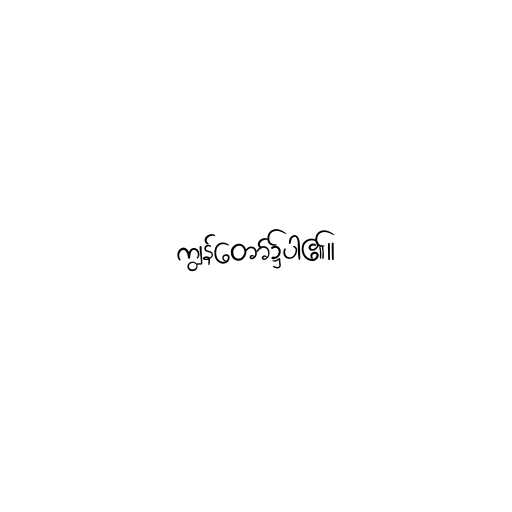
ကျွန်တော်၌ပါ၏။